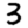
Digit: 3